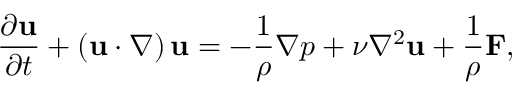
{ \frac { \partial \mathbf { u } } { \partial t } } + \left( \mathbf { u } \cdot \nabla \right) \mathbf { u } = - { \frac { 1 } { \rho } } \nabla p + \nu \nabla ^ { 2 } \mathbf { u } + { \frac { 1 } { \rho } } \mathbf { F } ,